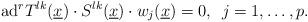
LaTeX: \begin{gather*}\mbox{ad}^{r}T^{lk}(\underline{x})\cdot S^{lk}(\underline{x})\cdot w_{j}(\underline{x})=0,\,\,\,j=1,\dots,p.\end{gather*}